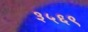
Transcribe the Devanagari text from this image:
३५६९